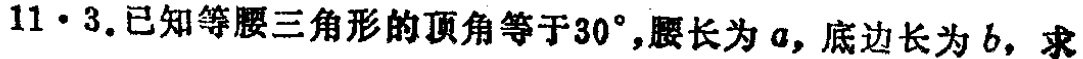
$11\cdot3.已知等腰三角形的顶角等于30^{\circ},腰长为a,底边长为b,求$